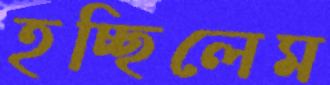
হচ্ছিলেম